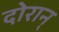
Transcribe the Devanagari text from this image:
दोरान्